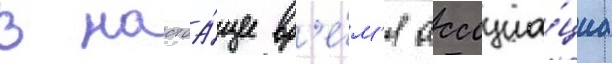
В настоа́щее вр'е́м'я ассоциа́циа